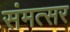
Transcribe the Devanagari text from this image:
संमत्सर